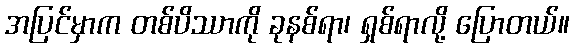
အပြင်မှာက တစ်ပိဿာကို ခုနစ်ရာ၊ ရှစ်ရာလို့ ပြောတယ်။